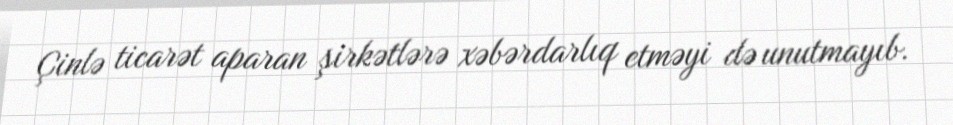
Çinlə ticarət aparan şirkətlərə xəbərdarlıq etməyi də unutmayıb.